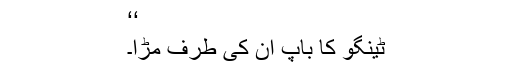
‘‘
ٹینگو کا باپ ان کی طرف مڑا۔